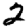
Digit: 2